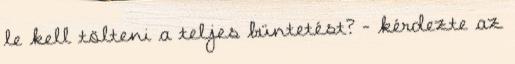
le kell tölteni a teljes büntetést? – kérdezte az